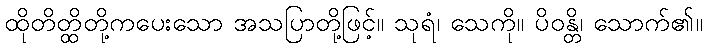
ထိုတိတ္ထိတို့ကပေးသော အသပြာတို့ဖြင့်။ သုရံ၊ သေကို။ ပိဝန္တိ၊ သောက်၏။